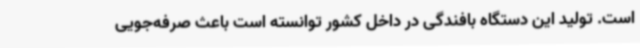
است. تولید این دستگاه بافندگی در داخل کشور توانسته است باعث صرفه‌جویی